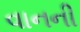
વાનની